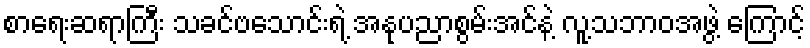
စာရေးဆရာကြီး သခင်ဗသောင်းရဲ့ အနုပညာစွမ်းအင်နဲ့ လူ့သဘာဝအဖွဲ့ ကြောင့်